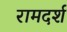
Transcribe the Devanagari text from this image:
रामदर्श